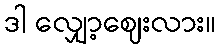
ဒါ လျှော့ဈေးလား။